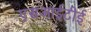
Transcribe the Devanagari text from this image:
एसआईटीई